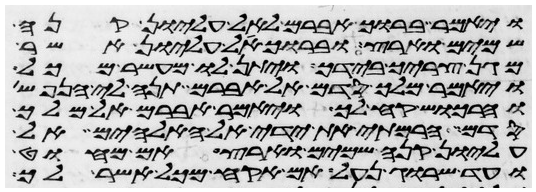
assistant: ויאמר ברוך אברם לאל עליון קנה
שמים וארץ וברוך אל עליון אשר
מגן צריך בידך ויתן לו מעשר מכל
ויאמר מלך סדם אל אברם תנה לי הנפש
והרכוש קח לך ויאמר אברם אל מלך
סדם הרמתי את ידי אל האלהים אל
עליון קנה שמים וארץ אם מחוט
ועד שרוג נעל אם אקח מכל אשר לך